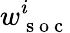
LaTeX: w_{\mathrm{~s~o~c~}}^{i}